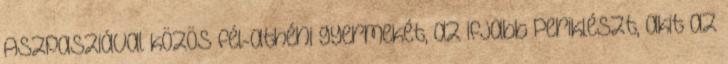
Aszpasziával közös fél-athéni gyermekét, az ifjabb Periklészt, akit az